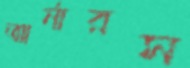
আর্নারস